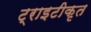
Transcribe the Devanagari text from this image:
ट्राइटीकृत